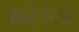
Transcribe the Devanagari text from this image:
७२५५